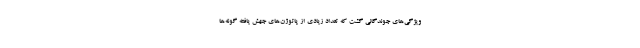
ویژگی‌های جوندگانی گشت که تعداد زیادی از پاتوژن‌های جهش یافته گونه‌ها